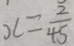
x = \frac { 2 } { 4 5 }